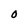
Character: O